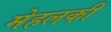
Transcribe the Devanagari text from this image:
मेहलकी